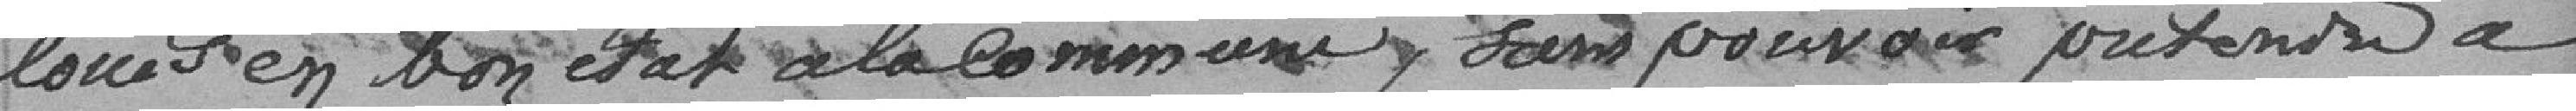
loués en bon état à la Commune, sans pouvoir prétendre à